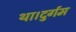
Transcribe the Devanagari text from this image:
था।दुर्गम